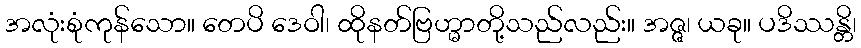
အလုံးစုံကုန်သော။ တေပိ ဒေဝါ၊ ထိုနတ်ဗြဟ္မာတို့သည်လည်း။ အဇ္ဇ၊ ယခု။ ပဒိဿန္တိ၊